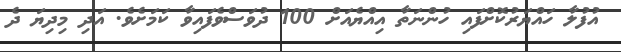
އުފުލާ ހައްޔަރުކޮށްފައި ހުންނަތާ އިއްޔެއަށް 100 ދުވަސްވެފައިވާ ކަމަށެވެ. އަދި މިދިޔަ ދެ